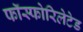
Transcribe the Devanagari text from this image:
फॉस्फोरिलेटेड